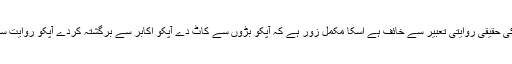
مغرب آپ سے پریشان ہے وہ اصل میں آپ سے نہیں آپکے بڑوں سے جڑنے اور اسلام کی حقیقی روایتی تعبیر سے خائف ہے اسکا مکمل زور ہے کہ آپکو بڑوں سے کاٹ دے آپکو اکابر سے برگشتہ کردے آپکو روایت سے توڑ دے آپ سے تسلسل کا انقطاع کردے آپکو سند کے سلسلۃ الذہب سے دور کردے ۔